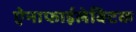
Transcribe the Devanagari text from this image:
ऐनाफाईलेक्टिक